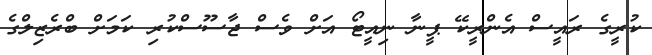
ކުރީގެ ރައީސް އެންރީކޭ ޕީނާ ނިއީޓޯ އަށް ވެސް ޖާސޫސްކުރި ކަމަށް ބްރެޒިލްގެ